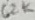
Text: 62K